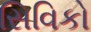
સિવિકો